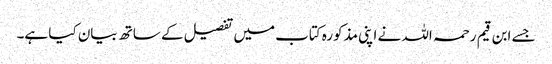
جسے ابن قیم رحمہ اللہ نے اپنی مذکورہ کتاب میں تفصیل کے ساتھ بیان کیا ہے۔